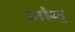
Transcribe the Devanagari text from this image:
जोन्